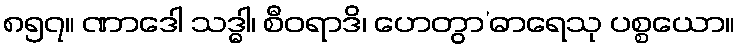
၈၅၇။ ဏာဒေါ သဒ္ဓါ၊ စီဝရာဒိ၊ ဟေတွာ’ဓာရေသု ပစ္စယော။